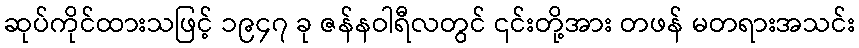
ဆုပ်ကိုင်ထားသဖြင့် ၁၉၄၇ ခု ဇန်နဝါရီလတွင် ၎င်းတို့အား တဖန် မတရားအသင်း